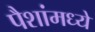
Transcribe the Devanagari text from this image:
पैशांमध्ये